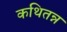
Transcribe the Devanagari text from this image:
कथितन्न